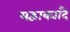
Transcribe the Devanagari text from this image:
यद्वाक्यादै